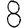
Digit: 8